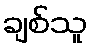
ချစ်သူ